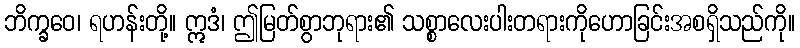
ဘိက္ခဝေ၊ ရဟန်းတို့။ ဣဒံ၊ ဤမြတ်စွာဘုရား၏ သစ္စာလေးပါးတရားကိုဟောခြင်းအစရှိသည်ကို။